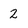
Character: 2